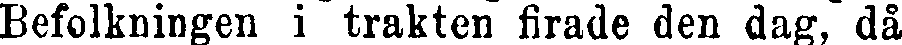
Befolkningen i trakten firade den dag, då